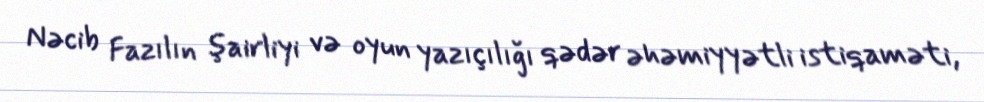
Nəcib Fazılın şairliyi və oyun yazıçılığı qədər əhəmiyyətli istiqaməti,